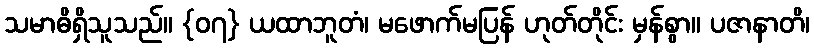
သမာဓိရှိသူသည်။ {၀၇} ယထာဘူတံ၊ မဖောက်မပြန် ဟုတ်တိုင်း မှန်စွာ။ ပဇာနာတိ၊